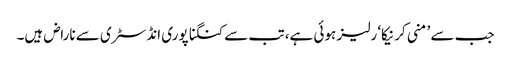
جب سے ’منی کرنیکا‘ رلیز ہوئی ہے، تب سے کنگنا پوری انڈسٹری سے ناراض ہیں۔